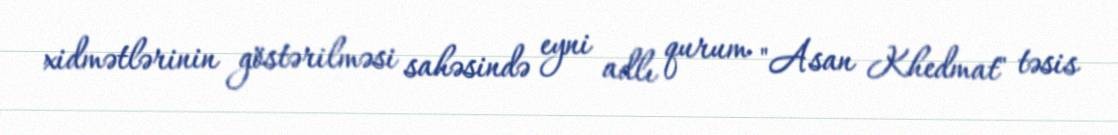
xidmətlərinin göstərilməsi sahəsində eyni adlı qurum "Asan Khedmat" təsis